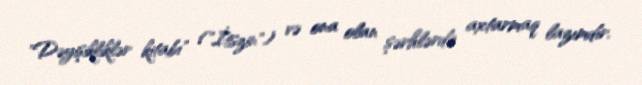
"Dəyişikliklər kitabı" ("İtszin") və ona olan şərhlərdə axtarmaq lazımdır.